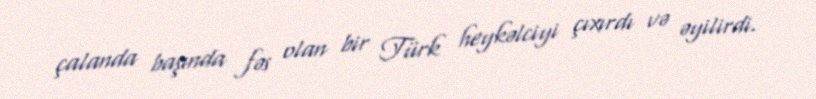
çalanda başında fəs olan bir Türk heykəlciyi çıxırdı və əyilirdi.